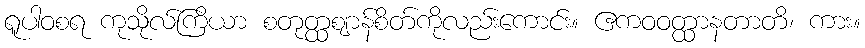
ရူပါဝစရ ကုသိုလ်ကြိယာ စတုတ္ထဈာန်စိတ်ကိုလည်းကောင်း။ ဧကဝဝတ္ထာနတာတိ၊ ကား။